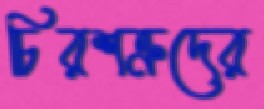
চিরশত্রুদের